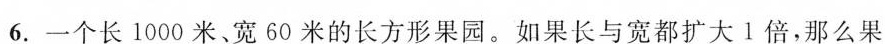
6.一个长1000米、宽60米的长方形果园。如果长与宽都扩大l倍，那么果